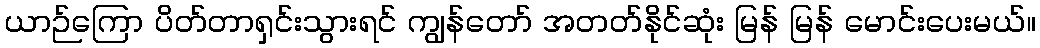
ယာဉ်ကြော ပိတ်တာရှင်းသွားရင် ကျွန်တော် အတတ်နိုင်ဆုံး မြန် မြန် မောင်းပေးမယ်။